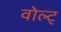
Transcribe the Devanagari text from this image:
वोल्ट्